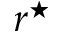
r ^ { \star }